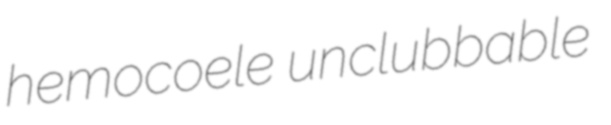
hemocoele unclubbable